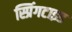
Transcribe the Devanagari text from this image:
स्प्रिंगटाइड